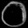
Digit: ၀